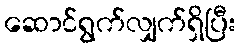
ဆောင်ရွက်လျှက်ရှိပြီး